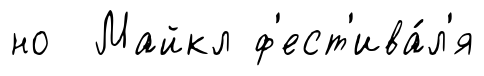
но Майкл ф'ест'ива́л'я